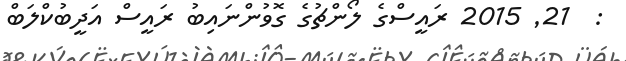
:  21